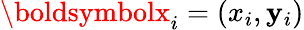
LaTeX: \boldsymbolx_{i}=(x_{i},\mathbf{y}_{i})